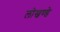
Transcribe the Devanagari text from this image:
लोखण्डे